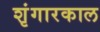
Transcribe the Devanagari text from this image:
शृंगारकाल